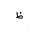
Letter: _za